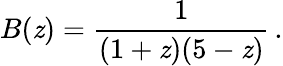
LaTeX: B(\mathit{z})={\frac{{1}}{{(1+\mathit{z})(5-\mathit{z})}}}\, .